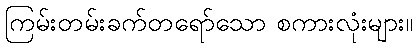
ကြမ်းတမ်းခက်တရော်သော စကားလုံးများ။